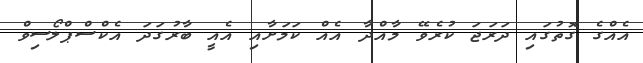
އެއްގެ ގޮތުގައި ދަރަޖަ ކުރެވޭ މާއްދާ އެއް ކަމަށާއި އެއީ ބާރުގަދަ އެކްސްޕްލޯސިވް